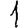
Digit: 1